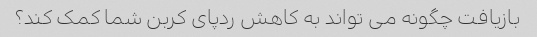
بازیافت چگونه می تواند به کاهش ردپای کربن شما کمک کند؟